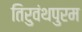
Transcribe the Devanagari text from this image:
तिरुवंथपुरम